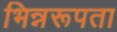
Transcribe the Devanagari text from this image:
भिन्नरूपता